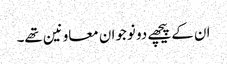
ان کے پیچھے دو نوجوان معاونین تھے۔